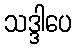
သဒ္ဒါပေ